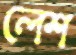
লেশ